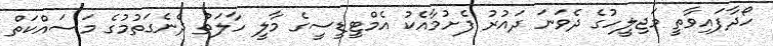
ހޯދާފައިވާތީ މަޖިލީހުގެ ދެވަނަ ދައުރު ފެށުމާއެކު އެމްޓީޑީސީގެ މާލީ ހާލަތު ދެނެގަތުމުގެ މަސައްކަތް